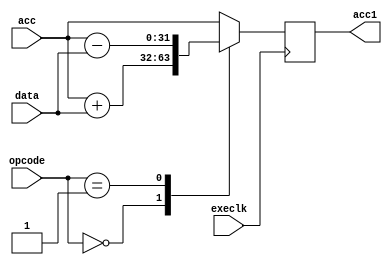
module ALU(
    input wire [31:0] acc,     // First operand
    input wire [31:0] data,    // Second operand or data
    input wire [3:0] opcode,   // Operation code
    input wire execlk,         // Execution clock
    output reg [31:0] acc1     // Result output
    // Add additional outputs for flags if needed
);

    // Define operations as local parameters or `define
    localparam ADD  = 4'b0000;
    localparam SUB  = 4'b0001;
    // Define other operations...

    always @(posedge execlk) begin
        case (opcode)
            ADD: acc1 <= acc + data;
            SUB: acc1 <= acc - data;
            // Implement other operations based on the opcode
            // ...
            default: acc1 <= acc; // Default operation (NOP - No Operation)
        endcase
    end

endmodule